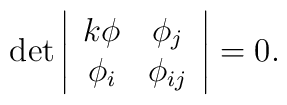
\det\left|\begin{array}{cc}k\phi&\phi_j\\                           \phi_i&\phi_{ij}\end{array}\right|=0.